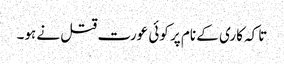
تاکہ کاری کے نام پر کوئی عورت قتل نے ہو۔